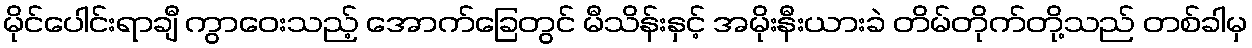
မိုင်ပေါင်းရာချီ ကွာဝေးသည့် အောက်ခြေတွင် မီသိန်းနှင့် အမိုးနီးယားခဲ တိမ်တိုက်တို့သည် တစ်ခါမှ